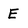
Character: E